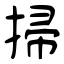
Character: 掃